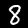
Label: 8